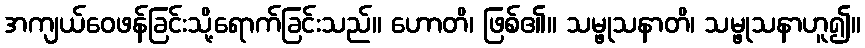
အကျယ်ဝေဖန်ခြင်းသို့ရောက်ခြင်းသည်။ ဟောတိ၊ ဖြစ်၏။ သမ္ဖုသနာတိ၊ သမ္ဖုသနာဟူ၍။